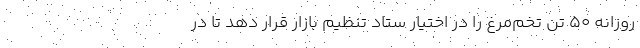
روزانه ۵۰ تُن تخم‌مرغ را در اختیار ستاد تنظیم بازار قرار دهد تا در